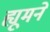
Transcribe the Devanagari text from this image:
ह्यूमने